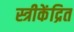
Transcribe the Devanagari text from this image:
स्त्रीकेंद्रित